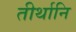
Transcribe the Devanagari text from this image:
तीर्थानि